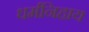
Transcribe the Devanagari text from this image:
धर्मनिहाय